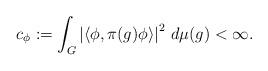
LaTeX: \begin{align*}c_\phi := \int_G \left| \langle \phi, \pi(g)\phi \rangle \right|^2\,d\mu(g) < \infty.\end{align*}